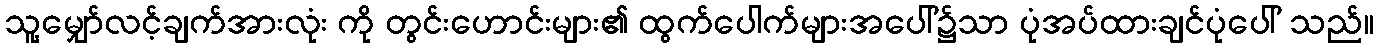
သူ့မျှော်လင့်ချက်အားလုံး ကို တွင်းဟောင်းများ၏ ထွက်ပေါက်များအပေါ်၌သာ ပုံအပ်ထားချင်ပုံပေါ် သည်။